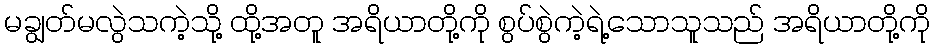
မချွတ်မလွဲသကဲ့သို့ ထို့အတူ အရိယာတို့ကို စွပ်စွဲကဲ့ရဲ့သောသူသည် အရိယာတို့ကို